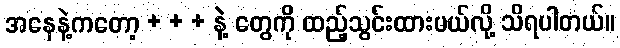
အနေနဲ့ကတော့ + + + နဲ့ တွေကို ထည့်သွင်းထားမယ်လို့ သိရပါတယ်။